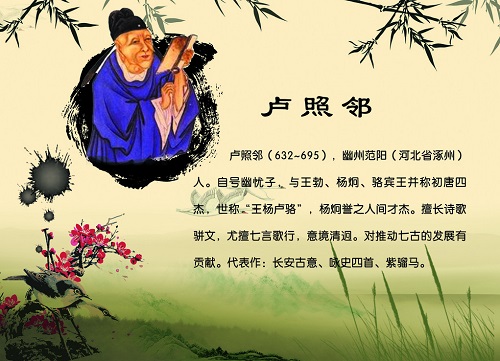
得成比目何辞死，愿作鸳鸯不羡仙。